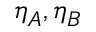
\eta _ { A } , \eta _ { B }